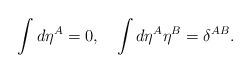
LaTeX: \begin{align*}\int d\eta^A=0, \quad \int d\eta^A \eta^B= \delta^{AB}.\end{align*}